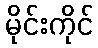
မိုင်းကိုင်